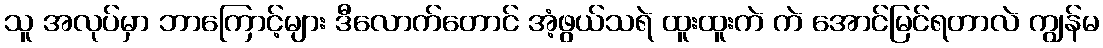
သူ အလုပ်မှာ ဘာကြောင့်များ ဒီလောက်တောင် အံ့ဖွယ်သရဲ ထူးထူးကဲ ကဲ အောင်မြင်ရတာလဲ ကျွန်မ